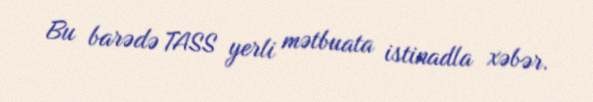
Bu barədə TASS yerli mətbuata istinadla xəbər.